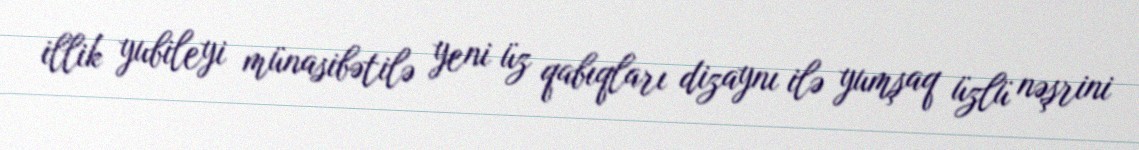
illik yubileyi münasibətilə yeni üz qabıqları dizaynı ilə yumşaq üzlü nəşrini